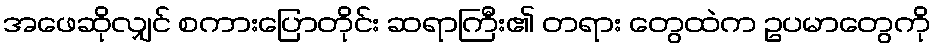
အဖေဆိုလျှင် စကားပြောတိုင်း ဆရာကြီး၏ တရား တွေထဲက ဥပမာတွေကို